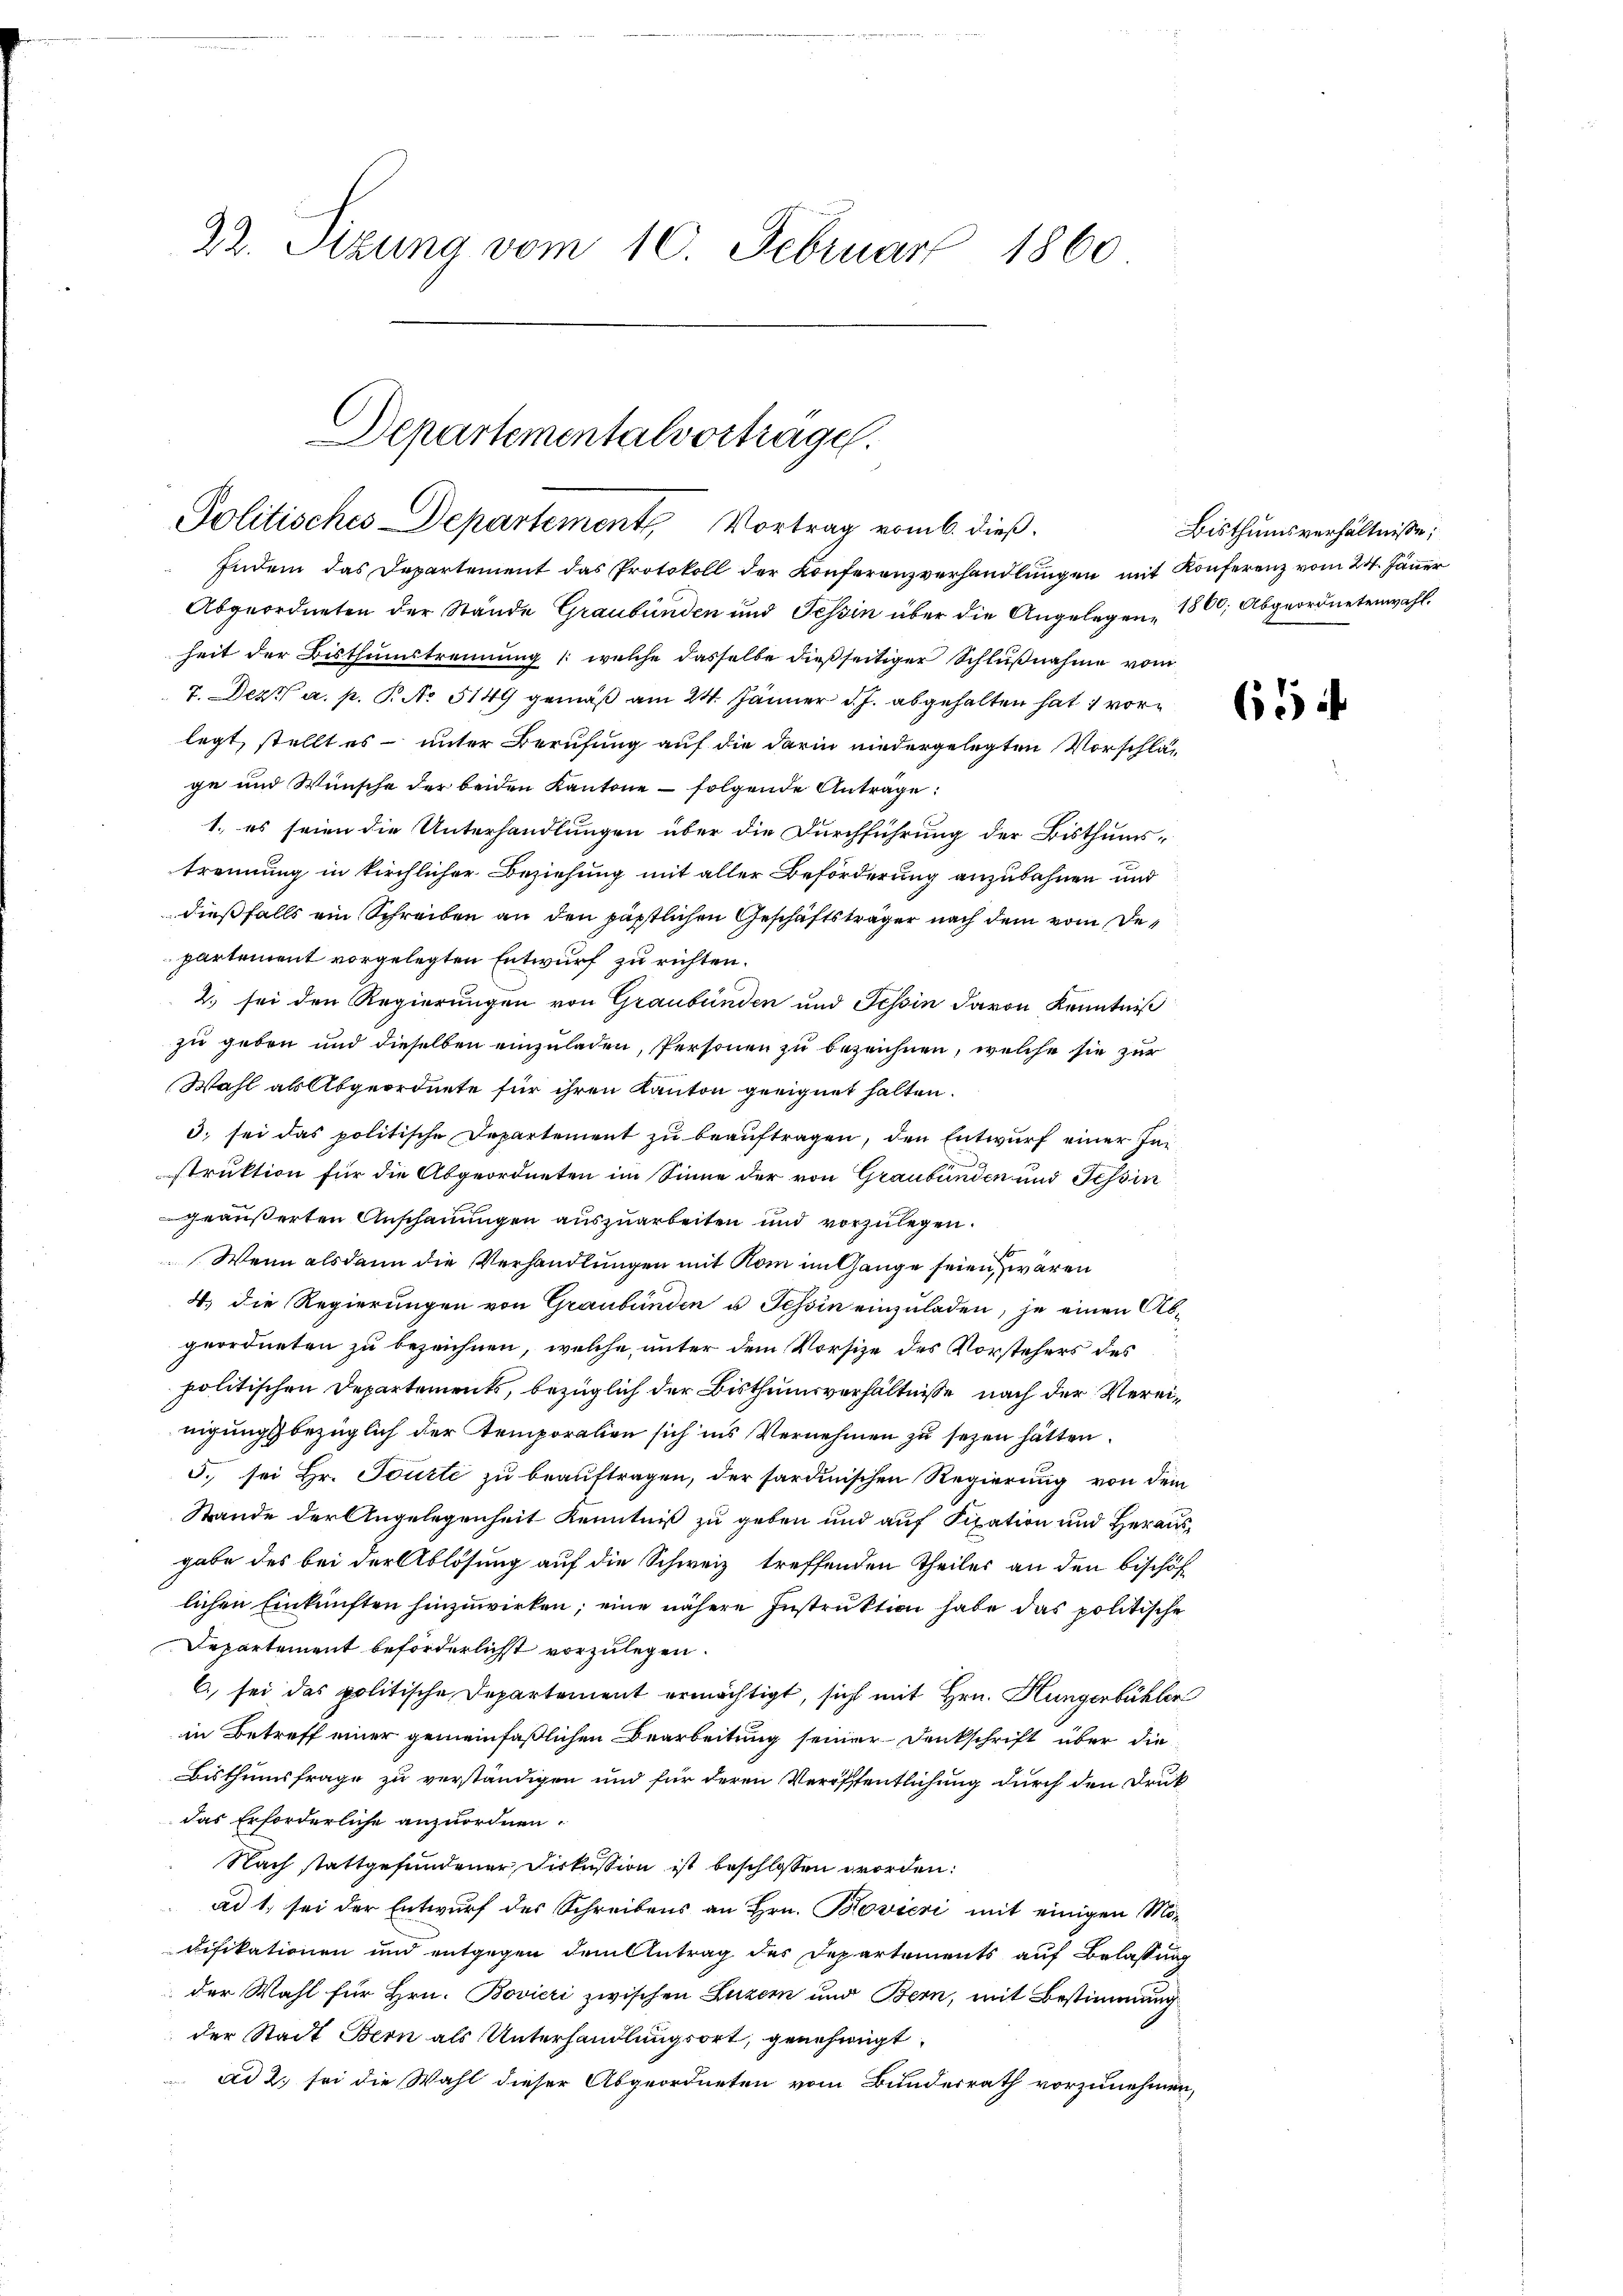
22. Sizung vom 10. Februar 1860

Departementalvorträge.
Politisches Departement Vortrag vom 6. dieß.

Indem das Departement das Protokoll der Konferenzverhandlungen mit Konferenz vom 24. Jänner
Abgeordneten der Stände Graubünden und Tessin über die Angelegen 1860; Abgeordneten wahl.
heit der Bisthumstrennung (welche dasselbe dießseitiger Schlußnahme vom
7. Dez. a. p. P. No 514 gemäß am 24. Jänner d. J. abgehalten hat, vorlegt, stellt es unter Berufung auf die darin niedergelegten Vorschläge und Wünsche der beiden Kantone folgende Anträge:
1., es seien die Unterhandlungen über die Durchführung der Bisthums-
trennung in kirchlicher Beziehung mit aller Beförderung anzubahnen und
dießfalls ein Schreiben an den päpstlichen Geschäftsträger nach dem vom Departement vorgelegten Entwurf zu richten.
2. sei den Regierungen von Graubünden und Tessin davon Kenntniß
zu geben und dieselben einzuladen, Personen zu bezeichnen, welche sie zur
Wahl als Abgeordnete für ihren Kanton geeignet halten.
3. sei das politische Departement zu beauftragen, den Entwurf einer Instruktion für die Abgeordneten im Sinne der von Graubünden und Tessin
geäußerten Anschauungen auszuarbeiten und vorzulegen.
Wenn alsdann die Verhandlungen mit Rom im Gange seien, waren
4. die Regierungen von Graubünden u. Tessin einzuladen, je einen Abgeordneten zu bezeichnen, welche unter dem Vorsize des Vorstehers des
politischen Departements, bezüglich der Bisthumsverhältnisse nach der Vereinigungsbezüglich der temporation sich ins Vernehmen zu sezen hätten.
5. sei Hr. Tourte zu beauftragen, der sardinischen Regierung von dem
Stande der Angelegenheit Kenntniß zu geben und auf Fixation und Herausgabe des bei der Ablösung auf die Schweiz treffenden Theiles an den bischöf
lichen Einkünften hinzuwirken; eine nähere Instruktion habe das politische
Departement beförderlichst vorzulegen.
B. sei das politische Departement ermächtigt, sicht mit Hrn. Hungerbühler
in Betreff einer gemeinfaßlichen Bearbeitung seiner Denkschrift über die
Bisthumsfrage zu verständigen und für deren Veröffentlichung durch den Druk
das Erforderliche anzuordnen.
Nach stattgefundener Diskussion ist beschlossen worden.
ad 1. sei der Entwurf des Schreibens an Hrn. Bovicri mit einigen Modifikationen und entgegen dem Antrag des Departements auf Belassung
der Wahl für Hrn. Bovieri zwischen Luzern und Bern, mit Bestimmung
der Stadt Bern als Unterhandlungsort, genehmigt.
ad 2. sei die Wahl dieser Abgeordneten vom Bundesrath vorzunehmen,

Bisthumsverhältnisse;

614